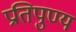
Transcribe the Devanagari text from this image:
प्रतिपुण्य